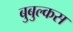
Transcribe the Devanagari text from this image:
बुबुल्कस